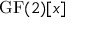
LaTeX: { \mathrm { G F } } ( 2 ) [ x ]